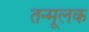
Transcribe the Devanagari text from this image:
तन्मूलक